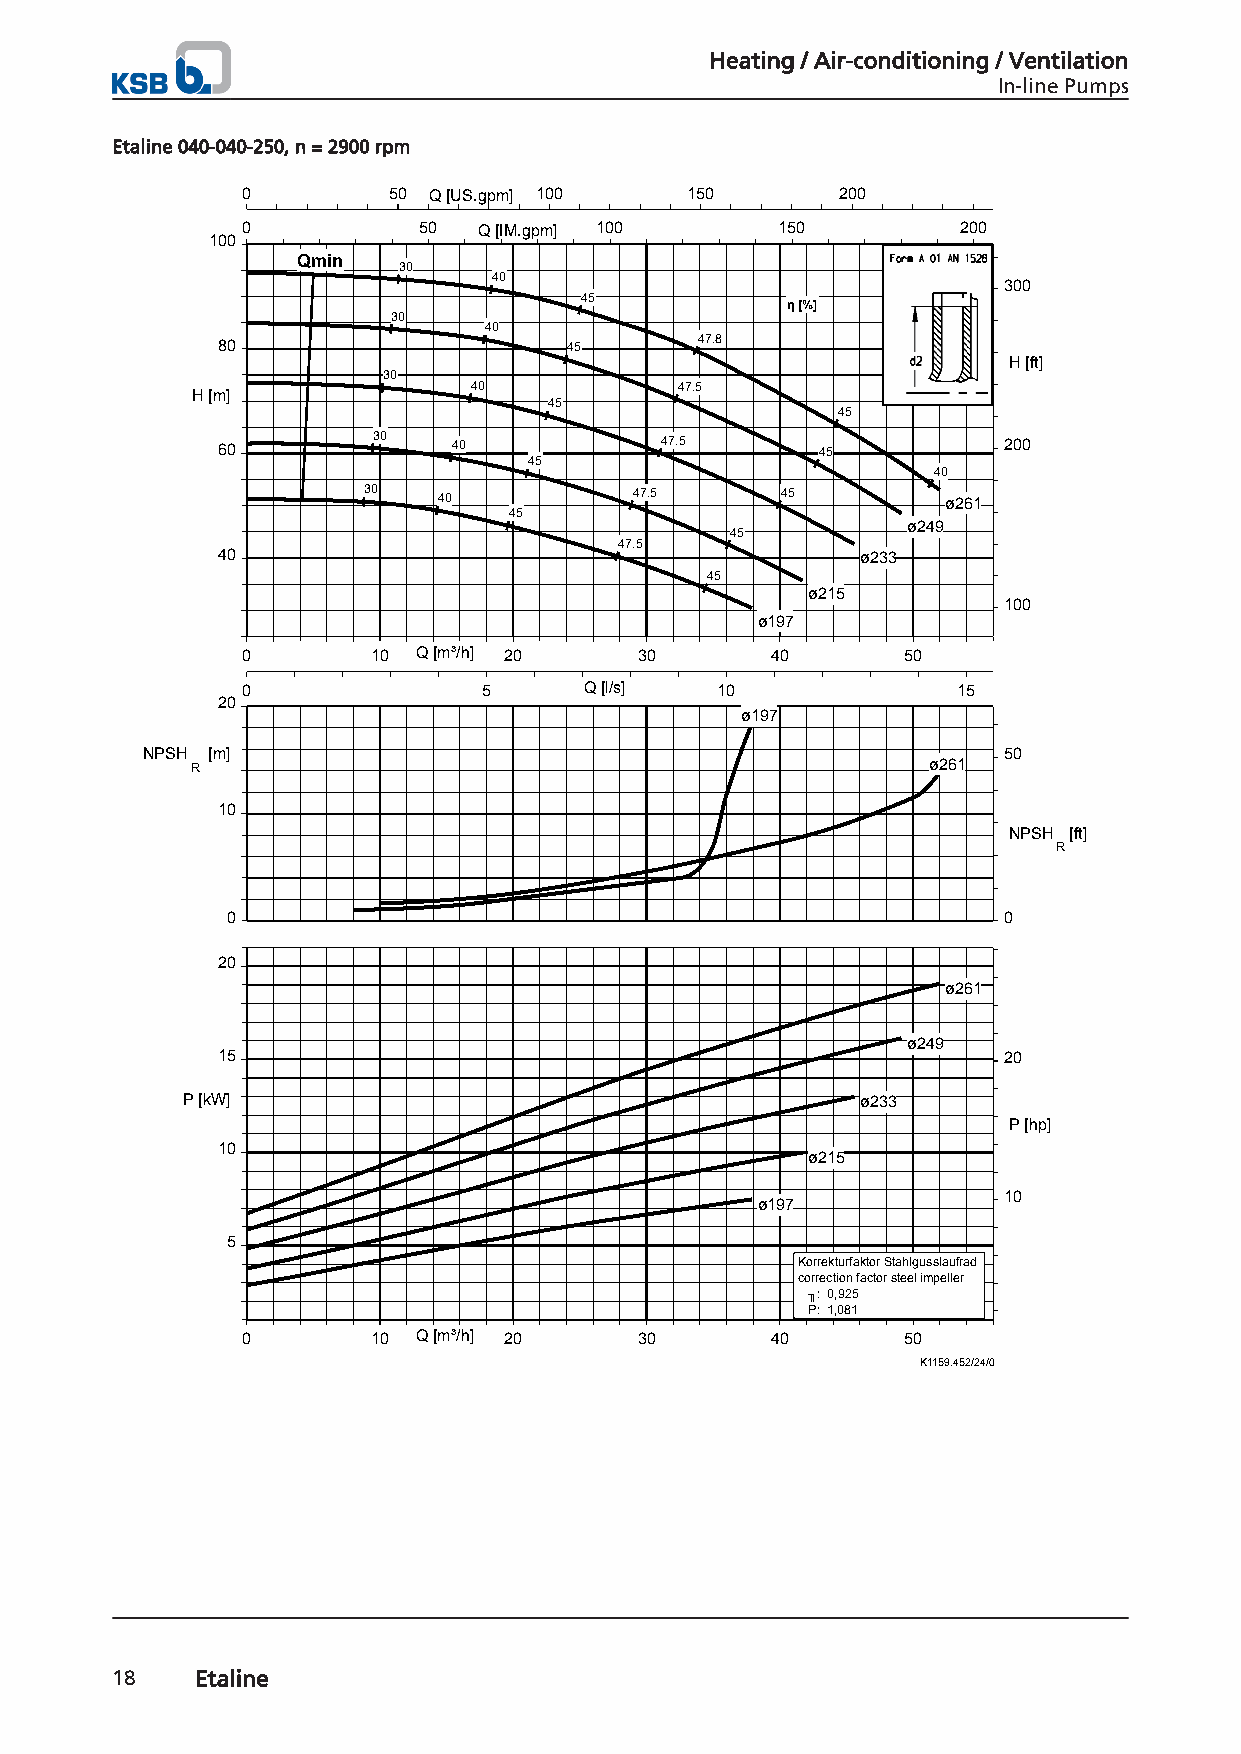
Heating / Air-conditioning / Ventilation
 In-line Pumps
 Etaline 040-040-250, n = 2900 rpm
 0         50 Q [US.gpm] 100  150       200
 0           50  Q [IM.gpm] 100      150         200
 100
 Qmin
 30
 40
 300
 45
 η [%]
 30
 40
 80                      45      47.8
 H [ft]
 30
 40            47.5
 H [m]
 45
 45
 60         30   40            47.5      45          200
 45
 40
 30   40           47.5      45         ø261
 45
 ø249
 45
 47.5
 40                                         ø233
 45
 ø215
 100
 ø197
 0        10 Q [m³/h] 20   30       40       50
 0               5      Q [l/s] 10              15
 20
 ø197
 NPSH [m]                                                 50
 R                                               ø261
 10
 NPSH [ft]
 R
 0                                                  0
 20
 ø261
 ø249
 15                                                  20
 P [kW]                                       ø233
 P [hp]
 10
 ø215
 10
 ø197
 5
 Korrekturfaktor Stahlgusslaufrad
 correction factor steel impeller
 ╖: 0,925
 P: 1,081
 0        10 Q [m³/h] 20   30       40       50
 K1159.452/24/0
 18    Etaline